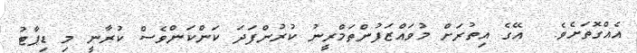
އެއްގޮތަށެވެ.  އޭގެ އިތުރަށް މުވައްޒަފުންތަމްރީނު ކުރުންފަދަ ކަންކަންވެސް ކުރާނީ މި ޑިޕާޓު